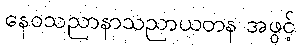
နေဝသညာနာသညာယတန အဖွင့်